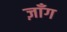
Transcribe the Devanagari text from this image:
ज़ाँग